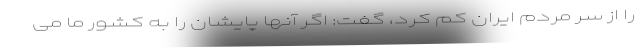
را از سر مردم ایران کم کرد، گفت: اگر آنها پایشان را به کشور ما می